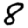
Digit: 8